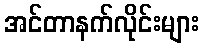
အင်တာနက်လိုင်းများ